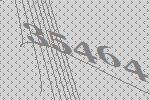
35464